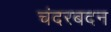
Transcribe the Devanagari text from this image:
चंदरबदन